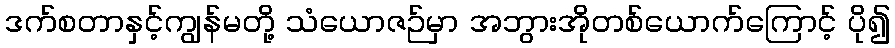
ဒက်စတာနှင့်ကျွန်မတို့ သံယောဇဉ်မှာ အဘွားအိုတစ်ယောက်ကြောင့် ပို၍